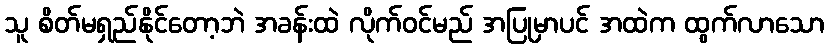
သူ စိတ်မရှည်နိုင်တော့ဘဲ အခန်းထဲ လိုက်ဝင်မည် အပြုမှာပင် အထဲက ထွက်လာသော